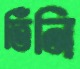
তিঁনি